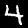
Label: 4